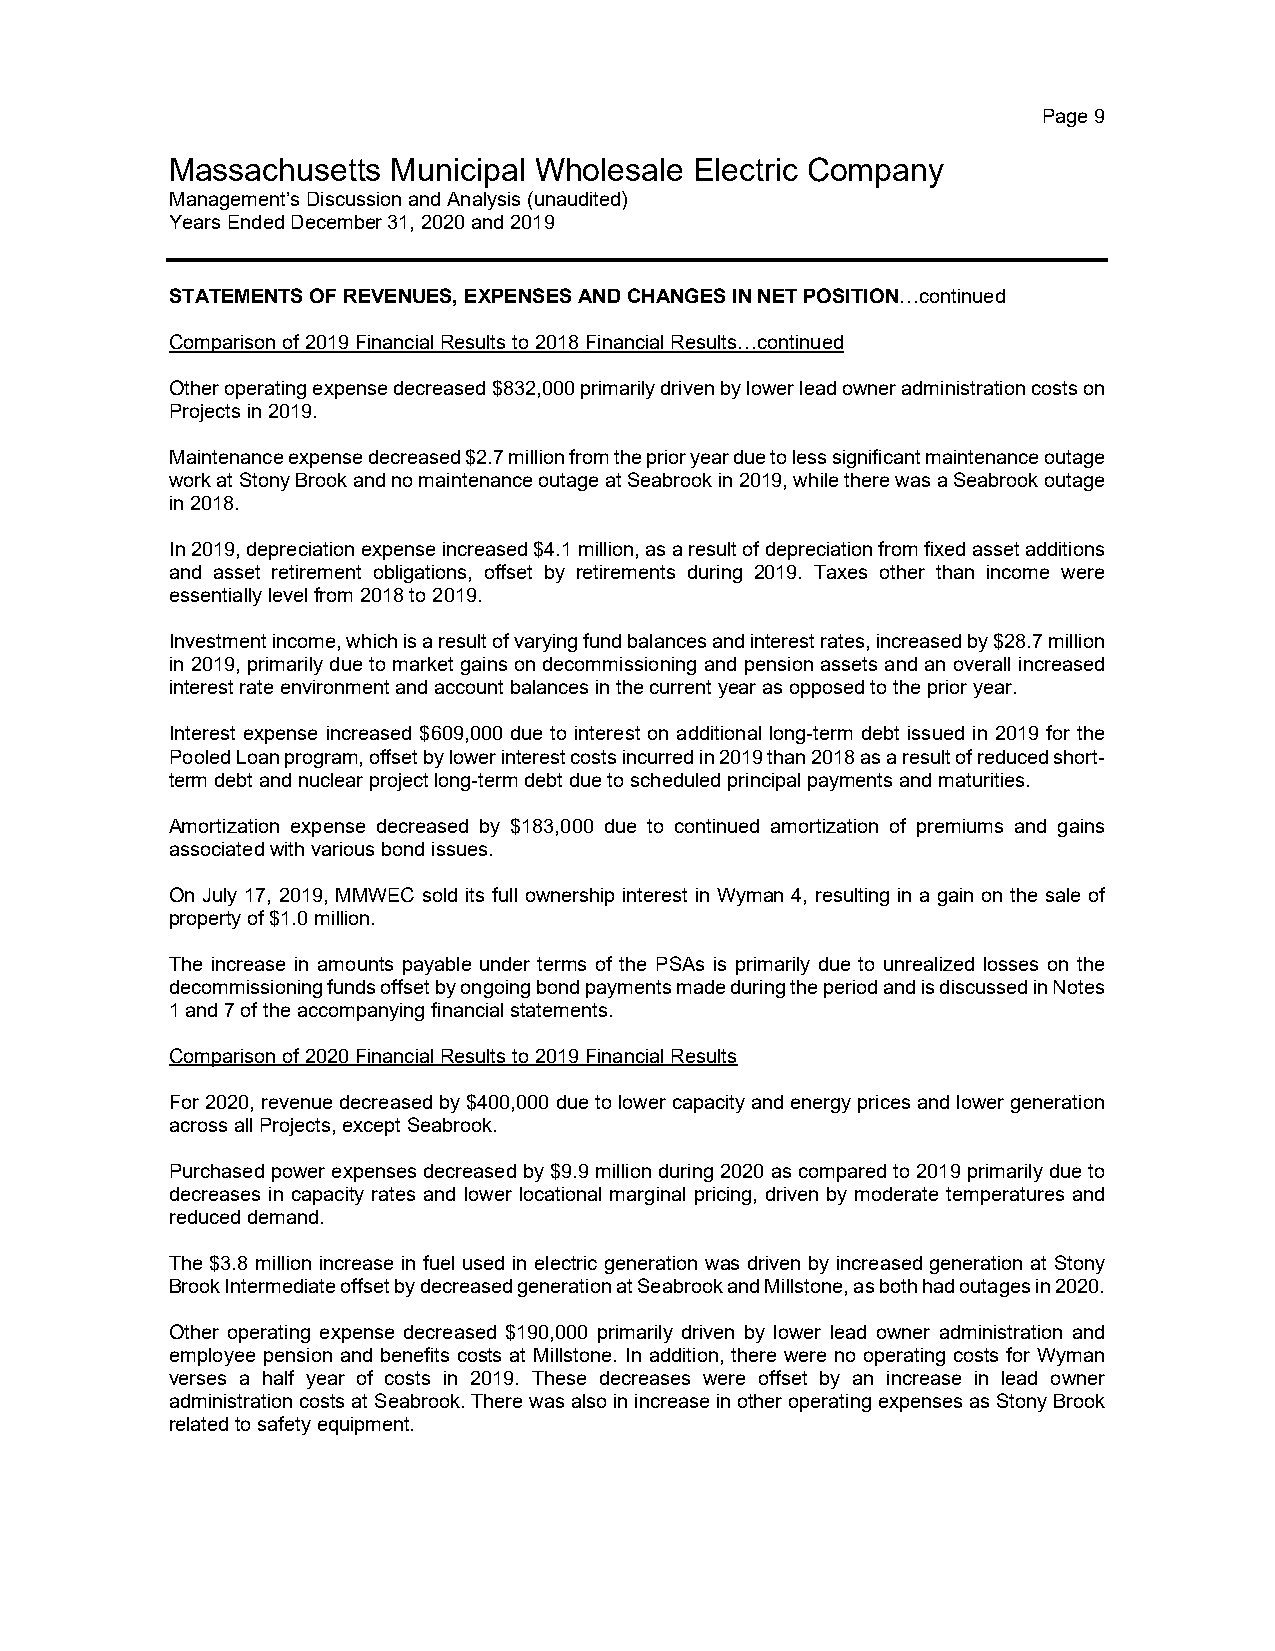
Page 9
 Massachusetts  Municipal Wholesale Electric Company
 Management’s Discussion and Analysis (unaudited)
 Years Ended December 31, 2020 and 2019
 STATEMENTS OF REVENUES, EXPENSES AND CHANGES IN NET POSITION…continued
 Comparison of 2019 Financial Results to 2018 Financial Results…continued
 Other operating expense decreased $832,000 primarily driven by lower lead owner administration costs on
 Projects in 2019.
 Maintenance expense decreased $2.7 million from the prior year due to less significant maintenance outage
 work at Stony Brook and no maintenance outage at Seabrook in 2019, while there was a Seabrook outage
 in 2018.
 In 2019, depreciation expense increased $4.1 million, as a result of depreciation from fixed asset additions
 and asset retirement obligations, offset by retirements during 2019. Taxes other than income were
 essentially level from 2018 to 2019.
 Investment income, which is a result of varying fund balances and interest rates, increased by $28.7 million
 in 2019, primarily due to market gains on decommissioning and pension assets and an overall increased
 interest rate environment and account balances in the current year as opposed to the prior year.
 Interest expense increased $609,000 due to interest on additional long-term debt issued in 2019 for the
 Pooled Loan program, offset by lower interest costs incurred in 2019 than 2018 as a result of reduced short-
 term debt and nuclear project long-term debt due to scheduled principal payments and maturities.
 Amortization expense decreased by $183,000 due to continued amortization of premiums and gains
 associated with various bond issues.
 On July 17, 2019, MMWEC sold its full ownership interest in Wyman 4, resulting in a gain on the sale of
 property of $1.0 million.
 The increase in amounts payable under terms of the PSAs is primarily due to unrealized losses on the
 decommissioning funds offset by ongoing bond payments made during the period and is discussed in Notes
 1 and 7 of the accompanying financial statements.
 Comparison of 2020 Financial Results to 2019 Financial Results
 For 2020, revenue decreased by $400,000 due to lower capacity and energy prices and lower generation
 across all Projects, except Seabrook.
 Purchased power expenses decreased by $9.9 million during 2020 as compared to 2019 primarily due to
 decreases in capacity rates and lower locational marginal pricing, driven by moderate temperatures and
 reduced demand.
 The $3.8 million increase in fuel used in electric generation was driven by increased generation at Stony
 Brook Intermediate offset by decreased generation at Seabrook and Millstone, as both had outages in 2020.
 Other operating expense decreased $190,000 primarily driven by lower lead owner administration and
 employee pension and benefits costs at Millstone. In addition, there were no operating costs for Wyman
 verses a half year of costs in 2019. These decreases were offset by an increase in lead owner
 administration costs at Seabrook. There was also in increase in other operating expenses as Stony Brook
 related to safety equipment.